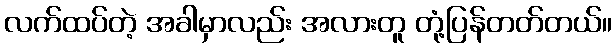
လက်ထပ်တဲ့ အခါမှာလည်း အလားတူ တုံ့ပြန်တတ်တယ်။